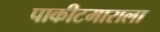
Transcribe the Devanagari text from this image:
पाकीटमाराला